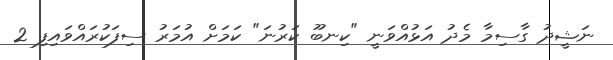
ނަޝީދު ގާސިމާ މެދު އަޅުއްވަނީ "ކިނބޫ ކަރުނަ" ކަމަށް އުމަރު ސިފަކުރައްވައިފި 2